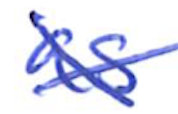
Text: as
Cross-out: cross
Writing tool: ballpoint